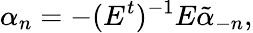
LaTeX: \alpha_{n}=-(E^{t})^{-1}E\tilde{\alpha}_{-n},